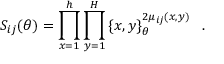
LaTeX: S _ { i j } ( \theta ) = \prod _ { x = 1 } ^ { h } \prod _ { y = 1 } ^ { H } \left\{ x , y \right\} _ { \theta } ^ { 2 \mu _ { i j } ( x , y ) } \, \, \, \, .